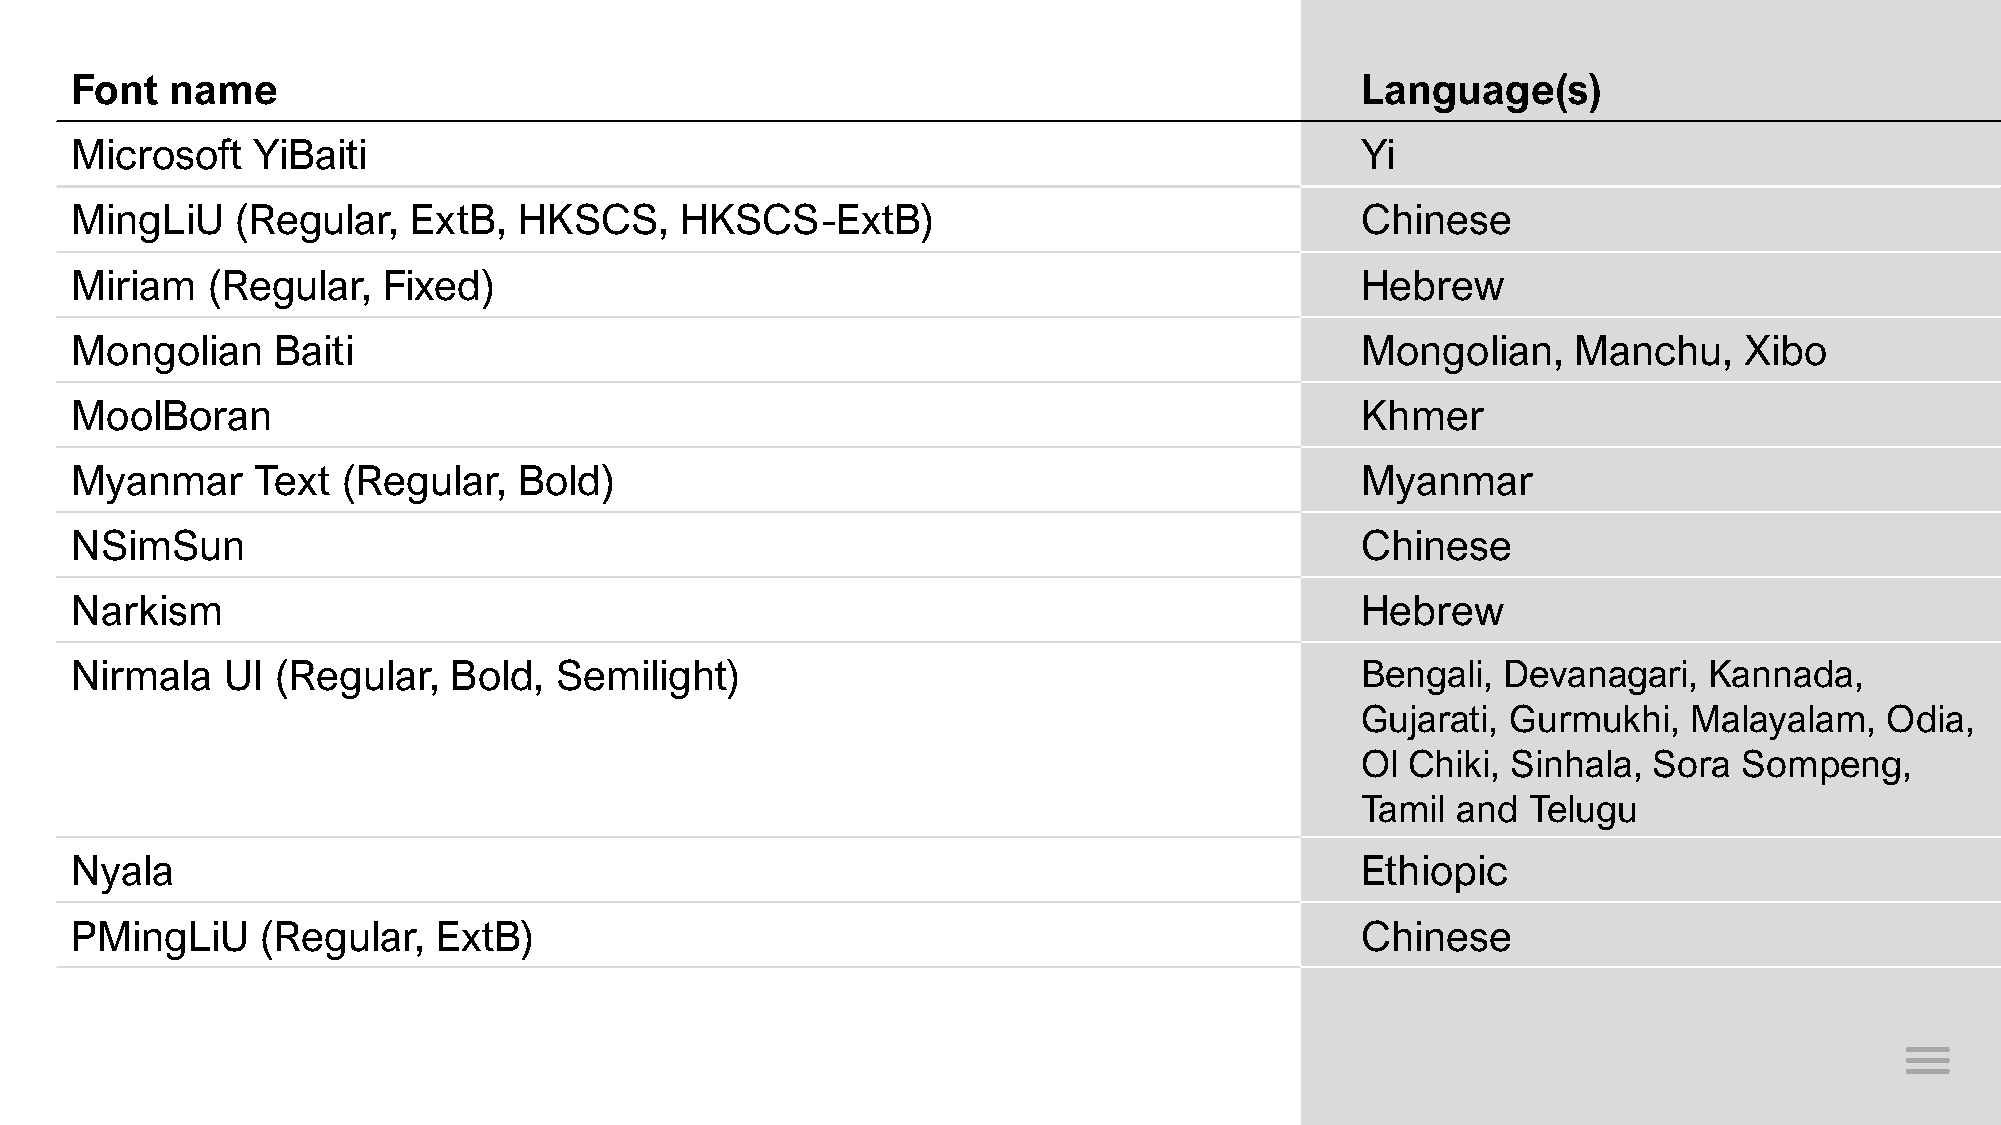
Font  name                                                                           Language(s)
 Microsoft   YiBaiti                                                                  Yi
 MingLiU    (Regular,  ExtB,  HKSCS,     HKSCS-ExtB)                                  Chinese
 Miriam   (Regular,  Fixed)                                                           Hebrew
 Mongolian    Baiti                                                                   Mongolian,    Manchu,    Xibo
 MoolBoran                                                                            Khmer
 Myanmar     Text  (Regular,  Bold)                                                   Myanmar
 NSimSun                                                                              Chinese
 Narkism                                                                              Hebrew
 Nirmala   UI (Regular,   Bold,  Semilight)                                           Bengali, Devanagari,   Kannada,
 Gujarati, Gurmukhi,   Malayalam,   Odia,
 Ol Chiki, Sinhala, Sora  Sompeng,
 Tamil and  Telugu
 Nyala                                                                                Ethiopic
 PMingLiU    (Regular,   ExtB)                                                        Chinese